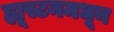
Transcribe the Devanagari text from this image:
ह्यूस्टनमधून